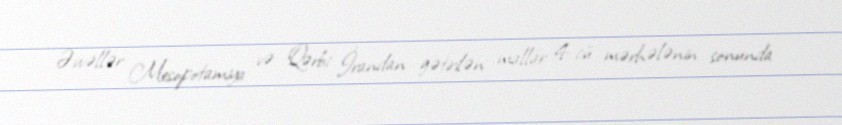
Əvvəllər Mesopotamiya və Qərbi İrandan gətirilən mallar 4-cü mərhələnin sonunda